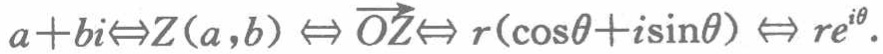
\(a + bi\Leftrightarrow Z(a,b)\Leftrightarrow\overrightarrow{OZ}\Leftrightarrow r(\cos\theta + i\sin\theta)\Leftrightarrow re^{i\theta}\)